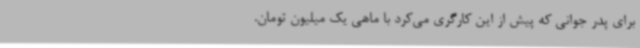
برای پدر جوانی که پیش از این کارگری می‌کرد با ماهی یک‌ میلیون تومان.